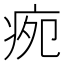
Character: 𭼉